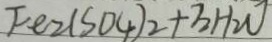
F e _ { 2 } ( S O _ { 4 } ) _ { 2 } + 3 H _ { 2 } O